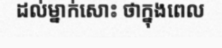
ដល់ម្នាក់សោះ ថាក្នុងពេល